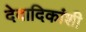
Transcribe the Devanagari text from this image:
देवादिकांशी